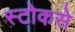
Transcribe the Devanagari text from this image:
स्टोकसे